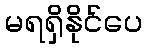
မရရှိနိုင်ပေ